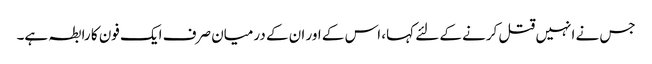
جس نے انہیں قتل کرنے کے لئے کہا، اس کے اور ان کے درمیان صرف ایک فون کا رابطہ ہے۔